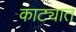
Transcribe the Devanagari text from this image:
काट्यात